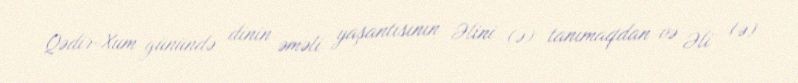
Qədir-Xum günündə dinin əməli yaşantısının Əlini (ə) tanımaqdan və Əli (ə)